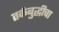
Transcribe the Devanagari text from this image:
तर्कबुद्धीचा